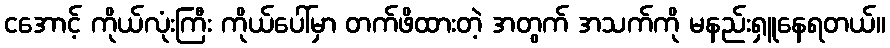
ငအောင့် ကိုယ်လုံးကြီး ကိုယ်ပေါ်မှာ တက်ဖိထားတဲ့ အတွက် အသက်ကို မနည်းရှူနေရတယ်။